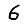
Digit: 6